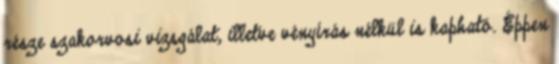
része szakorvosi vizsgálat, illetve vényírás nélkül is kapható. Éppen